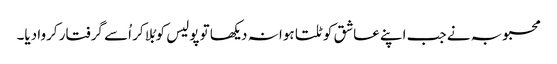
محبوبہ نے جب اپنے عاشق کو ٹلتا ہوا نہ دیکھا تو پولیس کو بُلا کر اُسے گرفتار کروا دیا۔